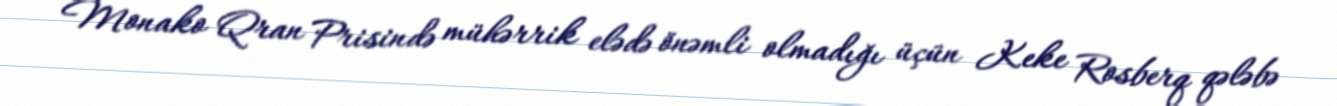
Monako Qran Prisində mühərrik elədə önəmli olmadığı üçün Keke Rosberq qələbə